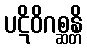
ပဋိဝိဂစ္ဆန္တိ